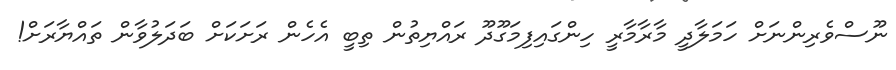
ނޫސްވެރިންނަށް ހަމަލާދީ މާރާމާރީ ހިންގައިފިމަގޫދޫ ރައްޔިތުން ތިބީ އެހެން ރަށަކަށް ބަދަލުވާން ތައްޔާރަށް!